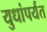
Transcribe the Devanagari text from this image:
युधांपर्यंत